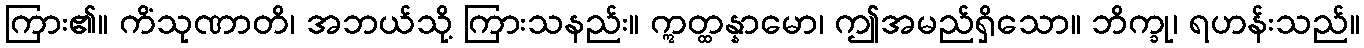
ကြား၏။ ကိံသုဏာတိ၊ အဘယ်သို့ ကြားသနည်း။ ဣတ္ထန္နာမော၊ ဤအမည်ရှိသော။ ဘိက္ခု၊ ရဟန်းသည်။